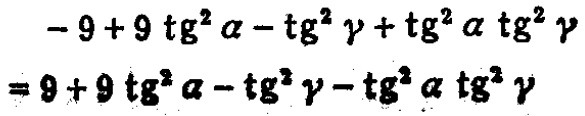
\(-9 + 9 \tg^{2} \alpha - \tg^{2} \gamma + \tg^{2} \alpha \tg^{2} \gamma = 9 + 9 \tg^{2} \alpha - \tg^{2} \gamma - \tg^{2} \alpha \tg^{2} \gamma\)